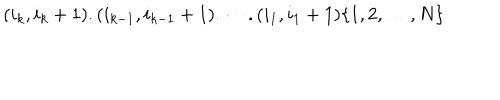
( i _ { k } , i _ { k } + 1 ) . ( i _ { k - 1 } , i _ { k - 1 } + 1 ) . \cdots . ( i _ { 1 } , i _ { 1 } + 1 ) \{ 1 , 2 , \dots , N \}